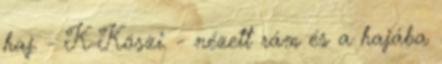
haj. - K-Köszi. - nézett rám és a hajába